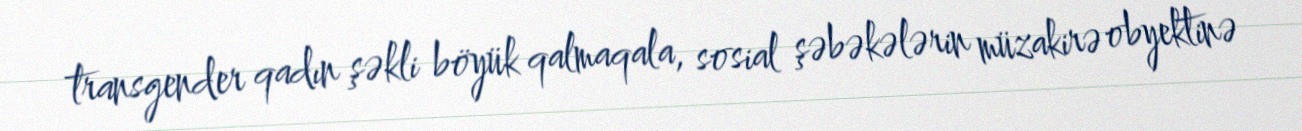
transgender qadın şəkli böyük qalmaqala, sosial şəbəkələrin müzakirə obyektinə